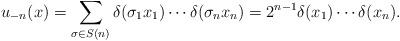
LaTeX: \begin{align*}u_{-n}(x) = \sum_{\sigma\in S(n)} \delta(\sigma_1x_1)\cdots\delta(\sigma_nx_n)= 2^{n-1}\delta(x_1)\cdots\delta(x_n).\end{align*}